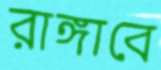
রাঙ্গাবে